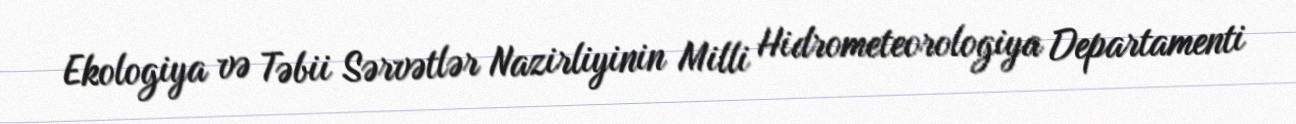
Ekologiya və Təbii Sərvətlər Nazirliyinin Milli Hidrometeorologiya Departamenti